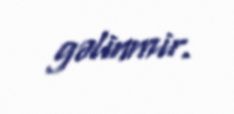
gəlinmir.